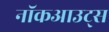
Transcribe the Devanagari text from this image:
नॉकआउट्स